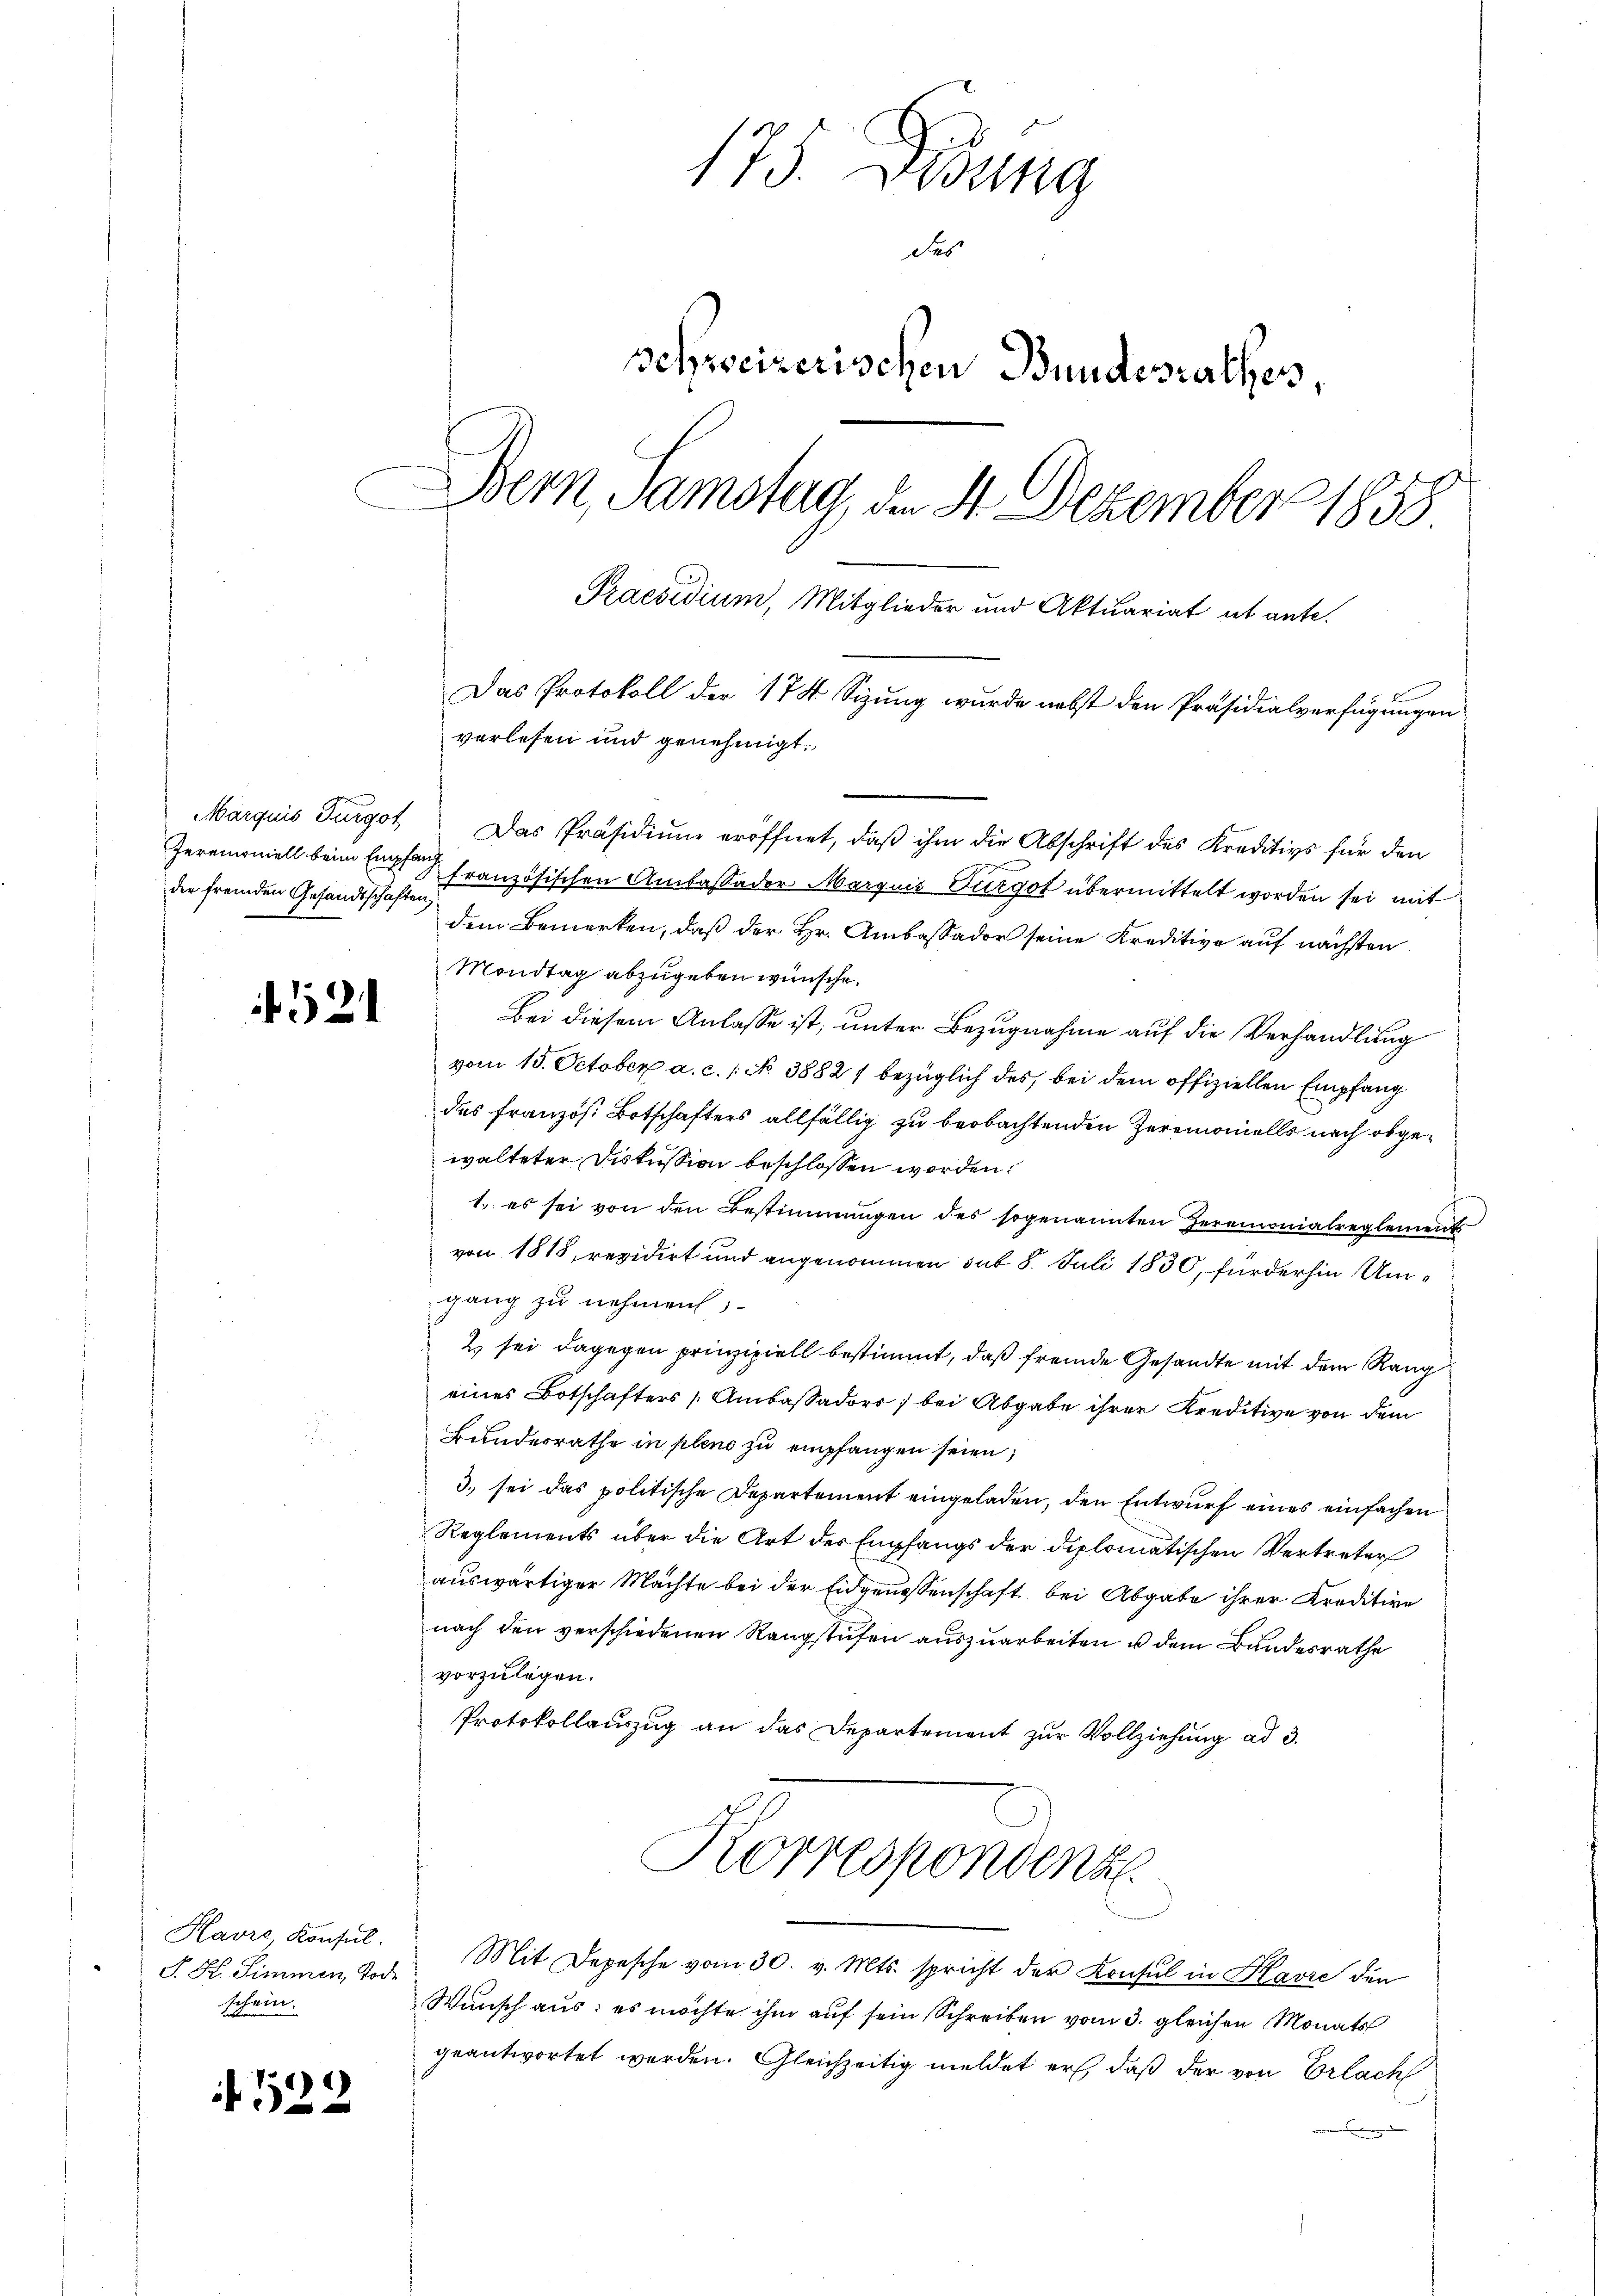
der fremden Gesandtschaften,

522

f52

Kavre Konsul
schein.

175. Diebung
des
schweizerischen Bundesrathes
Bern Samstag, den 4. Dezember 1858
Praesidium, Mitglieder und Aktuariat ut ante.
Das Protokoll der 174 Sizung wurde nebst den Präsidialverfügungen
verlesen und genehmigt.

Marquis Furgot. Das Präsidium eröffnet, daß ihm die Abschrift des Kreditivs für den
Jeremoniell beim Empfang französischen Anlass oder Marquis Turgot übermittelt worden sei mit
dem Bemerken, daß der Hr. Ambaßador seine Kreditive auf nächsten
Mondtag abzugeben wünsche.
Bei diesem Anlasse ist, unter Bezugnahme auf die Verhandlung
vom 15. October a. c. 1 No 38821 bezüglich des bei dem offiziellen Empfang
das französ. Botschafters allfällig zu beobachtenden Zeremonialls nach abgewalteter Diskussion beschlossen worden.
1. es sei von den Bestimmungen des sogenannten Herrmonialreglement
von 1818, revidirt und angenommen sub 8. Juli 1830, für der hin Umgang zu nehmen,
2. sei dagegen prinzipiell bestimmt, daß fremde Gesandte mit dem Rang
eines Botschafters Ambaßadorr ; bei Abgabe ihrer Kreditive von dem
Bunderrathe in pleno zu empfangen seien,
3. sei das politische Departement eingeladen, den Entwurf eines einfachen
Reglements über die Art des Empfangs der diplomatischen Vertreter
auswärtiger Machte bei der Eidgenossenschaft bei Abgabe ihrer Kreditive
nach den verschiedenen Rangstufen auszuarbeiten u dem Bundesrathe
vorzulegen.
Protokollauszug an das Departement zur Vollziehung ad 3.
Korrespondenz
S. K. Simmen der Mit Depesche vom 30. v. Mts. spricht der Konsul in Havre den
Wunsch aus: es möchte ihm auf sein Schreiben vom 3. gleichen Monats
geantwortet werden. Gleichzeitig meldet er, daß der von Erlach